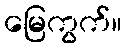
မြေကွက်။